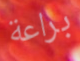
براعة